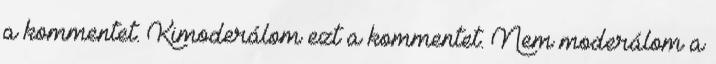
a kommentet. Kimoderálom ezt a kommentet. Nem moderálom a